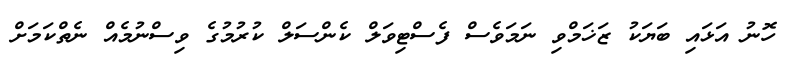
ހޮނު އަޅައި ބަޔަކު ޒަޚަމްވި ނަމަވެސް ފެސްޓިވަލް ކެންސަލް ކުރުމުގެ ވިސްނުމެއް ނެތްކަމަށް